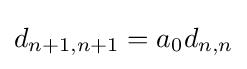
d_{n+1,n+1}=a_{0}d_{n,n}